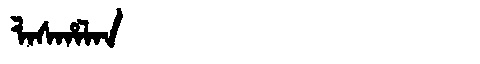
Manchu: ᠯᠠᠰᡥᠠᠯᠠᠨ
Romanization: LASHALAN